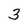
Character: 3